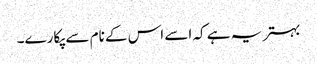
بہتر یہ ہے کہ اسے اس کے نام سے پکارے۔